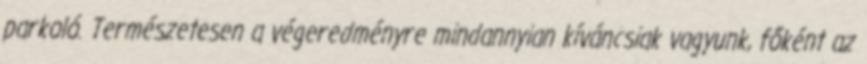
parkoló. Természetesen a végeredményre mindannyian kíváncsiak vagyunk, főként az